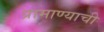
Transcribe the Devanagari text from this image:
प्रामाण्याची